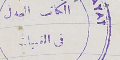
الكاتب العدل في القبيات